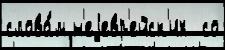
слова́м н'еjевр'ейск'их  со